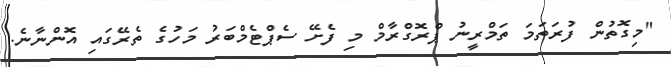
"މިގޮތުން ފުރަތަމަ ތަމްރީނު ޕްރޮގްރާމް މި ފެށޭ ސެޕްޓެމްބަރު މަހުގެ ތެރޭގައި އޮންނާނެ.